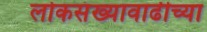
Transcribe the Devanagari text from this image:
लोकसंख्यावाढीच्या